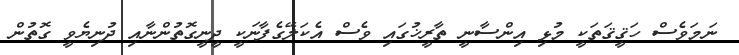
ނަމަވެސް ހަޤީޤަތަކީ މުޅި އިންސާނީ ތާރީޚުގައި ވެސް އެކަލޭގެފާނަކީ ދީނީގޮތުންނާއި ދުނިޔެވީ ގޮތުން